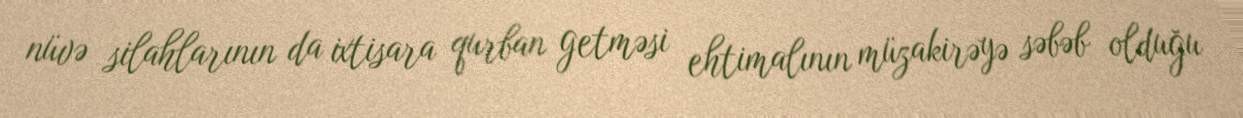
nüvə silahlarının da ixtisara qurban getməsi ehtimalının müzakirəyə səbəb olduğu